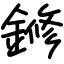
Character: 鎀